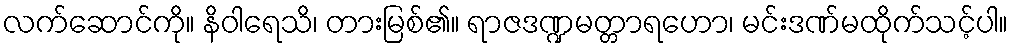
လက်ဆောင်ကို။ နိဝါရေသိ၊ တားမြစ်၏။ ရာဇဒဏ္ဍမတ္တာရဟော၊ မင်းဒဏ်မထိုက်သင့်ပါ။